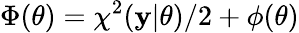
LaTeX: \Phi(\theta)=\chi^{2}(\mathbf{y}|\theta)/2+\phi(\theta)